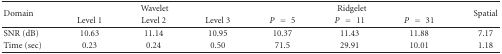
| <ROWSPAN=2> Domain | <COLSPAN=3> Wavelet | <COLSPAN=3> Ridgelet | <ROWSPAN=2> Spatial |
 | Level 1 | Level 2 | Level 3 | P = 5 | P = 11 | P = 31 |
 | --- | --- | --- | --- | --- | --- | --- | --- |
 | SNR (dB) | 10.63 | 11.14 | 10.95 | 10.37 | 11.43 | 11.88 | 7.17 |
 | Time (sec) | 0.23 | 0.24 | 0.50 | 71.5 | 29.91 | 10.01 | 1.18 |